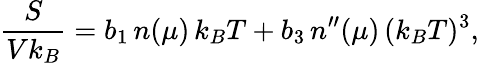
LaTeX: \frac{S}{Vk_{B}}=b_{1}\, n(\mu)\, k_{B}T+b_{3}\, n^{\prime\prime}(\mu)\, (k_{B}T)^{3},